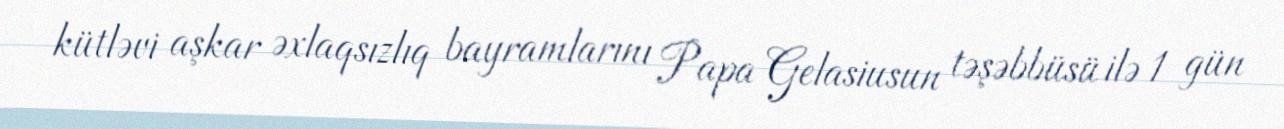
kütləvi aşkar əxlaqsızlıq bayramlarını Papa Gelasiusun təşəbbüsü ilə 1 gün